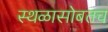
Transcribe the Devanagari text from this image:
स्थळासोबतच